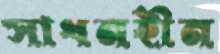
সাধনহীন